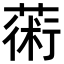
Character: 𦸇